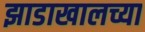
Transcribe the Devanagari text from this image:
झाडाखालच्या